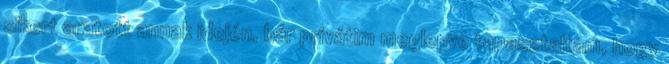
sikert aratott annak idején, bár privátim meglepve tapasztaltam, hogy